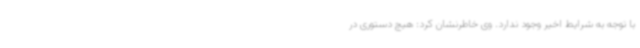
با توجه به شرایط اخیر وجود ندارد. وی خاطرنشان کرد: هیچ دستوری در